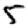
Digit: 5